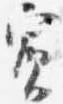
賓